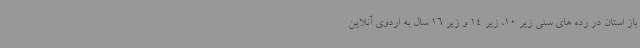
باز استان در رده های سنی زیر 10، زیر 14 و زیر 16 سال به اردوی آنلاین